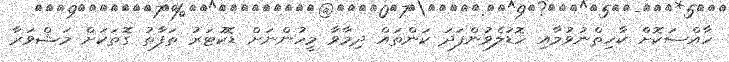
ހާއްސަކޮށް ކާހިތްނުވުމާއި ހޮޑުލެވުންފަދަ ކަންތައް ދިމާވާ މީހުންނަށް ޑޮކުޓަރު ތަފާތު ގޮތަކަށް މަޝްވަރާ